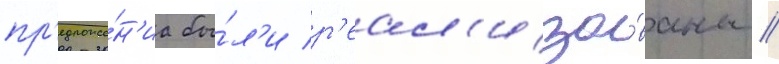
пр'едложе́н'иа бы́л'и р'еал'изо́ваны //